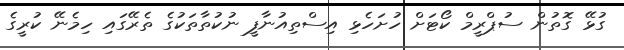
ގުޅޭ ގޮތުން ސުޕްރީމް ކޯޓަށް ހުށަހެޅި އިސްތިއުނާފީ ނުކުތާތަކުގެ ތެރޭގައި ހިމެނޭ ކުރީގެ